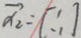
\overrightarrow { \alpha 2 } = [ \therefore ]